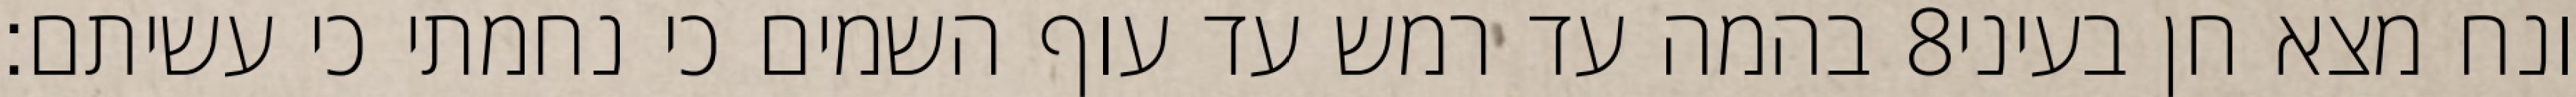
בהמה עד רמש עד עוף השמים כי נחמתי כי עשיתם׃ ‎8‏ ונח מצא חן בעיני